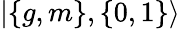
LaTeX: |\{ {g,m}\} ,\{ 0,1\} \rangle